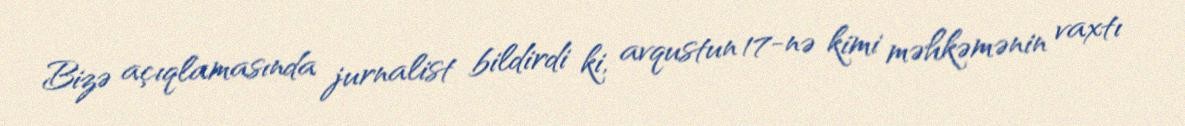
Bizə açıqlamasında jurnalist bildirdi ki, avqustun 17-nə kimi məhkəmənin vaxtı